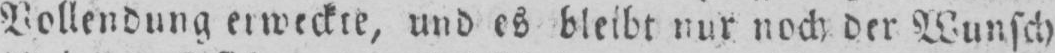
Vollendung erweckte, und es bleibt nur noch der Wunsch